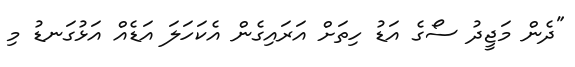
"ދެން މަޖީދު ސޯގެ އަޑު ހިތަށް އަރައިގެން އެކަހަލަ އަޑެއް އަޅުގަނޑު މި